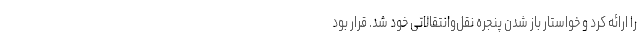
را ارائه کرد و خواستار باز شدن پنجره نقل‌وانتقالاتی خود شد. قرار بود